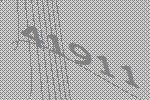
41911